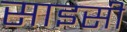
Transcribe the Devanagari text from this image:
साइसी